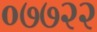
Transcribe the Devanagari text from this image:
०७७२२